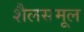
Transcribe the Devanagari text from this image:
शैलसमूल